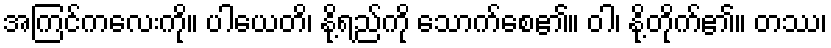
အကြင်ကလေးကို။ ပါယေတိ၊ နို့ရည်ကို သောက်စေ၏။ ဝါ၊ နို့တိုက်၏။ တဿ၊